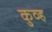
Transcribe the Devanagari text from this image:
कुव्ह